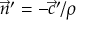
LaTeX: \; { \vec { n } } ^ { \prime } = - { \vec { c } } ^ { \prime } / \rho